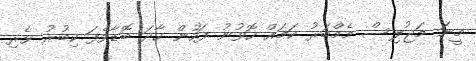
މީނަ މަޖުލިސް މެމްބަރު ކަމައް ހޮވުނު ފަހުން ހާދަ ބޮޑާވެފަ ކިބުރު ވެރި